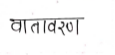
मजकूर: वातावरण